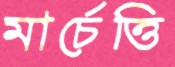
মার্চেত্তি